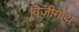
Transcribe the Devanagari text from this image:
विज़ीगोथ